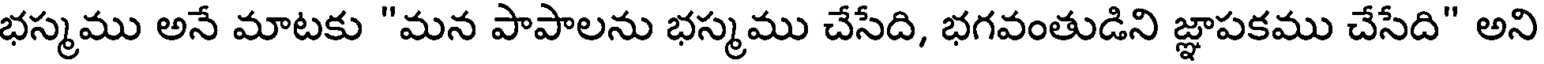
భస్మము అనే మాటకు "మన పాపాలను భస్మము చేసేది, భగవంతుడిని జ్ఞాపకము చేసేది" అని